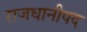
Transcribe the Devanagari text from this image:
राजधानीपद